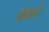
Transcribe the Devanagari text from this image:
क्रॅशचे